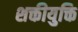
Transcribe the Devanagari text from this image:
शक्तीयुक्ति